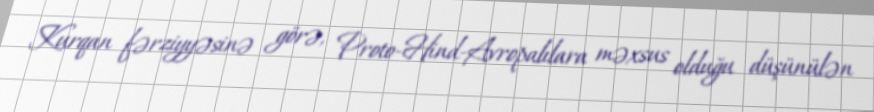
Kurqan fərziyyəsinə görə, Proto-Hind-Avropalılara məxsus olduğu düşünülən